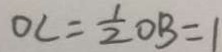
0 C = \frac { 1 } { 2 } O B = 1